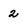
Character: 2